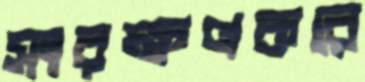
সংরক্ষণকরে